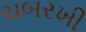
ચબરખી